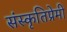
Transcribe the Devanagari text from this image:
संस्कृतिप्रेमी